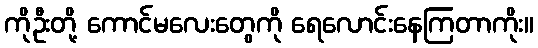
ကိုဦးတို့ ကောင်မလေးတွေကို ရေလောင်းနေကြတာကိုး။